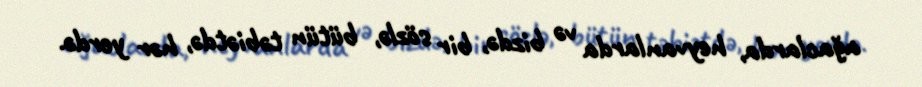
ağaclarda, heyvanlarda və bizdə, bir sözlə, bütün təbiətdə, hər yerdə.